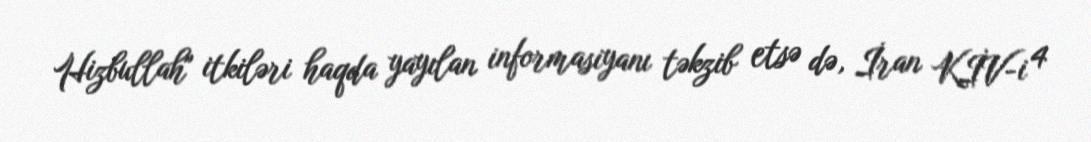
Hizbullah" itkiləri haqda yayılan informasiyanı təkzib etsə də, İran KİV-i 4